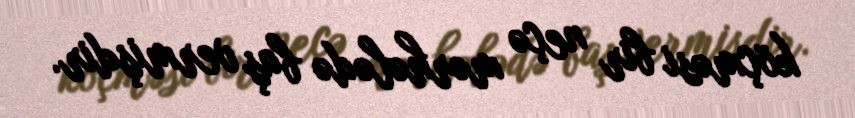
köçməsi bir neçə mərhələdə baş vermişdir.